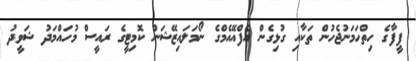
ފީފާގެ ހިތްހަމަނުޖެހުން ތަކާއި ގުޅިގެން އެފްއޭއެމްގެ ނޯމަލައިޒޭޝަން ކޮމިޓީގެ ރައީސް މުހައްމަދު ޝަވީދު